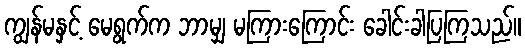
ကျွန်မနှင့် မေရွက်က ဘာမျှ မကြားကြောင်း ခေါင်းခါပြကြသည်။